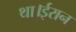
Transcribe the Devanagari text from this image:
था।ईरान